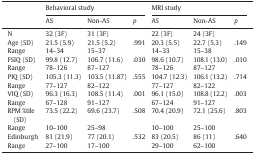
| <ROWSPAN=2>  | <COLSPAN=3> Behavioral study | <COLSPAN=3> MRI study |
 | AS | Non-AS | p | AS | Non-AS | p |
 | --- | --- | --- | --- | --- | --- | --- |
 | N | 32 (3F) | 31 (3F) |  | 22 (3F) | 24 (3F) |  |
 | Age (SD) | 21.5 (5.9) | 21.5 (5.2) | .991 | 20.3 (5.5) | 22.7 (5.3) | .149 |
 | Range | 14–34 | 15–37 |  | 14–33 | 15–38 |  |
 | FSIQ (SD) | 99.8 (12.7) | 106.7 (11.6) | .030 | 98.6 (10.7) | 108.1 (13.0) | .010 |
 | Range | 78–126 | 87–127 |  | 78–126 | 87–127 |  |
 | PIQ (SD) | 105.3 (11.3) | 103.5 (11.87) | .555 | 104.7 (12.3) | 106.1 (13.2) | .714 |
 | Range | 77–127 | 82–122 |  | 77–127 | 82–122 |  |
 | VIQ (SD) | 96.3 (16.3) | 108.5 (11.4) | .001 | 96.1 (15.0) | 108.8 (12.2) | .003 |
 | Range | 67–128 | 91–127 |  | 67–124 | 91–127 |  |
 | RPM %tile (SD) | 73.5 (22.2) | 69.6 (23.7) | .508 | 70.4 (20.9) | 72.1 (25.6) | .803 |
 | Range | 10–100 | 25–98 |  | 10–100 | 25–100 |  |
 | Edinburgh | 81 (21.9) | 77 (20.1) | .532 | 83 (20.5) | 86 (11) | .640 |
 | Range | 27–100 | 17–100 |  | 29–100 | 62–100 |  |